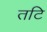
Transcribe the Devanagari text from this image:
तटि